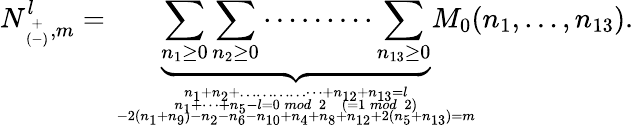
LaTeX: N_{{\scriptscriptstyle+\atop(-)},m}^{l}=\underbrace{\sum_{n_{1}\ge 0}\sum_{n_{2}\ge 0}\cdots\cdots\cdots\sum_{n_{13}\ge 0}}_{n_{1}+n_{2}+\dots\dots\dots\dots\dots+n_{12}+n_{13}=l\atop{n_{1}+\dots+n_{5}-l=0\, mod\; 2\; \; (=1\, mod\; 2)\atop-2(n_{1}+n_{9})-n_{2}-n_{6}-n_{10}+n_{4}+n_{8}+n_{12}+2(n_{5}+n_{13})=m}}\! \! \! \! \! \! \! \! \! \! M_{0}(n_{1},\dots,n_{13}).